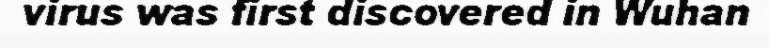
virus was first discovered in Wuhan